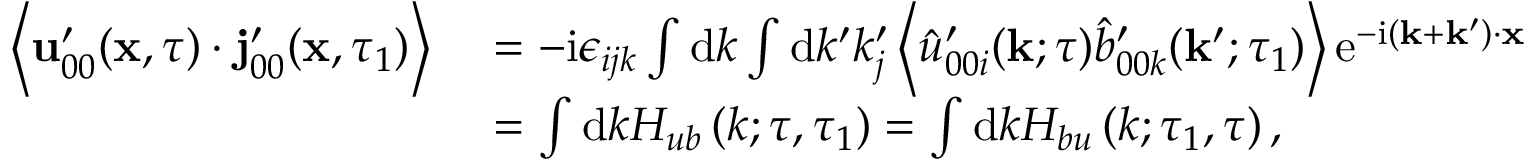
\begin{array} { r l } { \left\langle \mathbf { u } _ { 0 0 } ^ { \prime } ( \mathbf { x } , \tau ) \cdot \mathbf { j } _ { 0 0 } ^ { \prime } ( \mathbf { x } , \tau _ { 1 } ) \right\rangle } & { \, \, = - \mathrm { i } \epsilon _ { i j k } \int \mathrm { d } k \int \mathrm { d } k ^ { \prime } k _ { j } ^ { \prime } \left\langle \hat { u } _ { 0 0 i } ^ { \prime } ( \mathbf { k } ; \tau ) \hat { b } _ { 0 0 k } ^ { \prime } ( \mathbf { k } ^ { \prime } ; \tau _ { 1 } ) \right\rangle \mathrm { e } ^ { - \mathrm { i } ( \mathbf { k } + \mathbf { k } ^ { \prime } ) \cdot \mathbf { x } } } \\ & { \, \, = \int \mathrm { d } k H _ { u b } \left( k ; \tau , \tau _ { 1 } \right) = \int \mathrm { d } k H _ { b u } \left( k ; \tau _ { 1 } , \tau \right) , } \end{array}